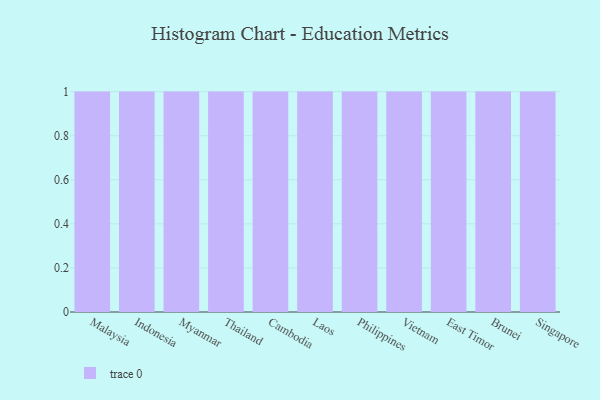
{"axis": {"x": "Country", "y": "Energy Usage (MWh)"}, "legend": [""], "data": [{"x": "Malaysia", "y": 9, "type": ""}, {"x": "Indonesia", "y": 32, "type": ""}, {"x": "Myanmar", "y": 63, "type": ""}, {"x": "Thailand", "y": 87, "type": ""}, {"x": "Cambodia", "y": 31, "type": ""}, {"x": "Laos", "y": 61, "type": ""}, {"x": "Philippines", "y": 27, "type": ""}, {"x": "Vietnam", "y": 72, "type": ""}, {"x": "East Timor", "y": 43, "type": ""}, {"x": "Brunei", "y": 11, "type": ""}, {"x": "Singapore", "y": 20, "type": ""}]}